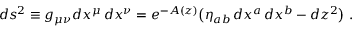
d s ^ { 2 } \equiv g _ { \mu \nu } d x ^ { \mu } \, d x ^ { \nu } = e ^ { - A ( z ) } \big ( \eta _ { a b } \, d x ^ { a } \, d x ^ { b } - d z ^ { 2 } \big ) \ .